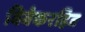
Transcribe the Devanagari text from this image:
विवेकरहित